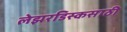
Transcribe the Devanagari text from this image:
लेझरडिस्कसाठी